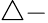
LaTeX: \triangle-